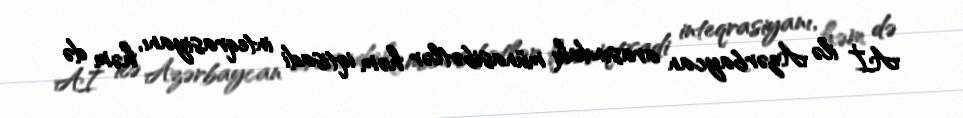
Aİ ilə Azərbaycan arasındakı münasibətlər həm iqtisadi inteqrasiyanı, həm də